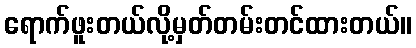
ရောက်ဖူးတယ်လို့မှတ်တမ်းတင်ထားတယ်။